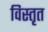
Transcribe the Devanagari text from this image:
विस्‍तृत